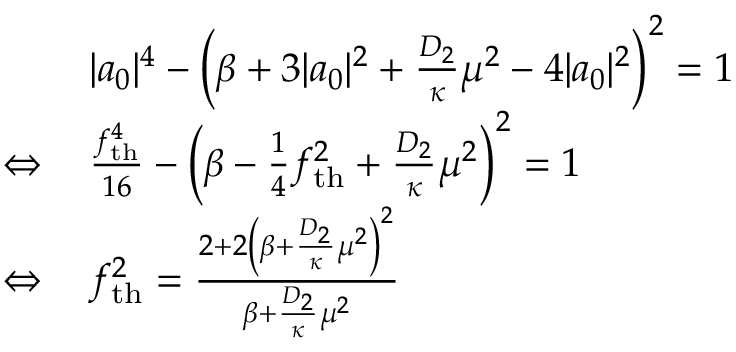
\begin{array} { r l } & { | a _ { 0 } | ^ { 4 } - \left( \beta + 3 | a _ { 0 } | ^ { 2 } + \frac { D _ { 2 } } { \kappa } \mu ^ { 2 } - 4 | a _ { 0 } | ^ { 2 } \right) ^ { 2 } = 1 } \\ { \Leftrightarrow \, } & { \frac { f _ { \mathrm { t h } } ^ { 4 } } { 1 6 } - \left( \beta - \frac { 1 } { 4 } f _ { \mathrm { t h } } ^ { 2 } + \frac { D _ { 2 } } { \kappa } \mu ^ { 2 } \right) ^ { 2 } = 1 } \\ { \Leftrightarrow \, } & { f _ { \mathrm { t h } } ^ { 2 } = \frac { 2 + 2 \left( \beta + \frac { D _ { 2 } } { \kappa } \mu ^ { 2 } \right) ^ { 2 } } { \beta + \frac { D _ { 2 } } { \kappa } \mu ^ { 2 } } } \end{array}